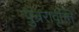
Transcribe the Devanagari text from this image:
पुन्ररावृत्त्ति